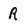
Character: R